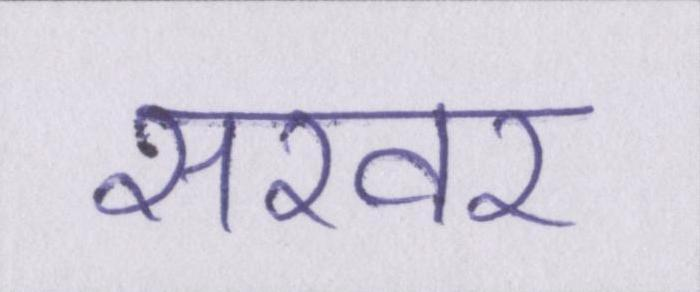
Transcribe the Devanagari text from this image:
सरवर